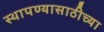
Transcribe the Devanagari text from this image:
स्थापण्यासाठीच्या